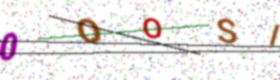
Text: 0OOSI